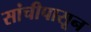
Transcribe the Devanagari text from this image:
सांचीपासून